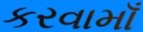
કરવામાઁ